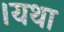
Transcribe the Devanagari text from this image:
।यथा